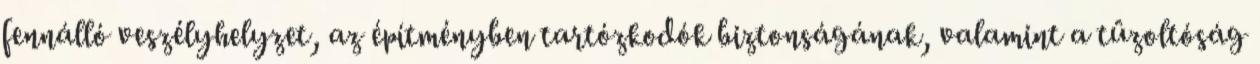
fennálló veszélyhelyzet, az építményben tartózkodók biztonságának, valamint a tûzoltóság